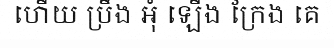
ហើយ ប្រឹង អុំ ឡើង ក្រែង គេ